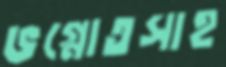
ভগ্নোতসাহ